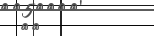
٤٢